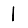
Digit: 1